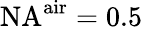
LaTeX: \mathrm{NA}^{\mathrm{air}}=0.5